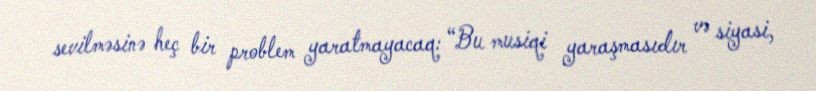
sevilməsinə heç bir problem yaratmayacaq: “Bu musiqi yaraşmasıdır və siyasi,